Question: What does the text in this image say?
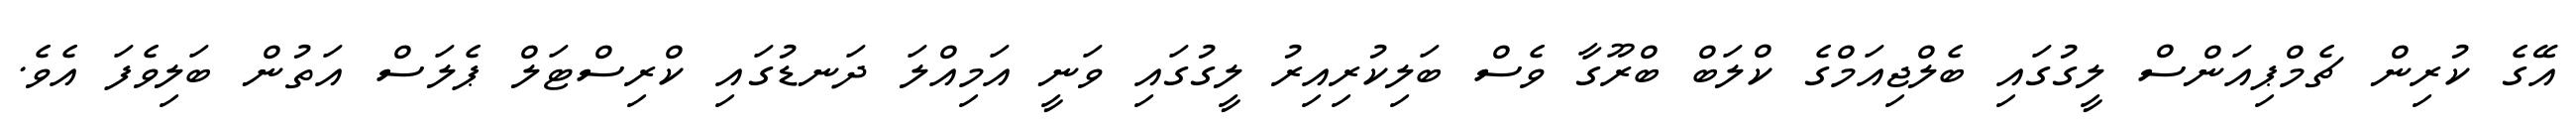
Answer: އޭގެ ކުރިން ޗެމްޕިއަންސް ލީގުގައި ބެލްޖިއަމްގެ ކްލަބް ބްރޫގާ ވެސް ބަލިކުރިއިރު ލީގުގައި ވަނީ އަމިއްލަ ދަނޑުގައި ކްރިސްޓަލް ޕެލަސް އަތުން ބަލިވެފަ އެވެ.